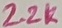
Text: 2.2K